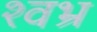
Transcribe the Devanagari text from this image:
श्वभ्र